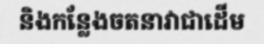
និងកន្លែងចតនាវាជាដើម